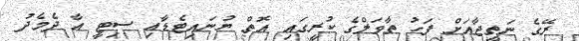
ރޭގެ ނަތީޖާއަށް ފަހު ތާވަލްގެ ކުރީގައި އޮތް ޔުނައިޓެޑާއި ސިޓީ އާ ދެމެދު